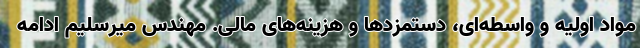
مواد اولیه و واسطه‌ای، دستمزدها و هزینه‌های مالی. مهندس میرسلیم ادامه